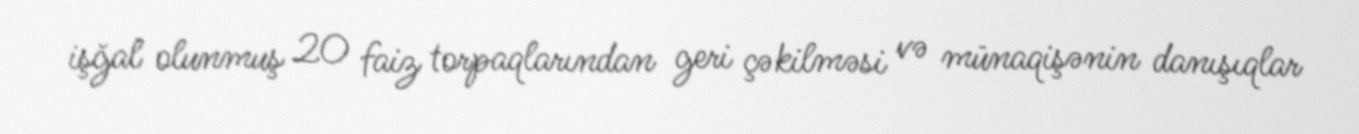
işğal olunmuş 20 faiz torpaqlarından geri çəkilməsi və münaqişənin danışıqlar